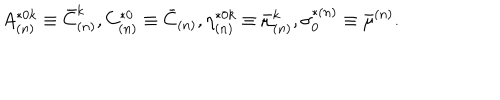
LaTeX: A _ { ( n ) } ^ { * 0 k } \equiv \bar { C } _ { ( n ) } ^ { k } , C _ { ( n ) } ^ { * 0 } \equiv \bar { C } _ { ( n ) } , \eta _ { ( n ) } ^ { * 0 k } \equiv \bar { \mu } _ { ( n ) } ^ { k } , \sigma _ { 0 } ^ { * ( n ) } \equiv \bar { \mu } ^ { ( n ) } .